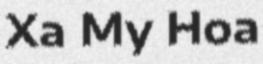
Xa My Hoa